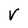
Character: V